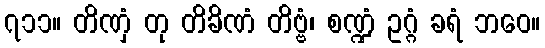
၇၁၁။ တိဏှံ တု တိခိဏံ တိဗ္ဗံ၊ စဏ္ဍံ ဥဂ္ဂံ ခရံ ဘဝေ။